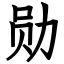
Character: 勋